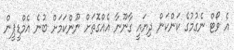
އެ ވޯޓް ނެގުމުގެ ކަންކަން ދިޔައީ ގާނޫނާ އެއްގޮތަށް ނޫންކަމަށް ބުނެ އެމްޑީޕީން